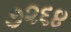
૭૨૬૪